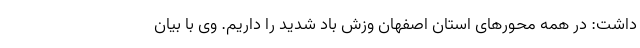
داشت: در همه محورهای استان اصفهان وزش باد شدید را داریم. وی با بیان